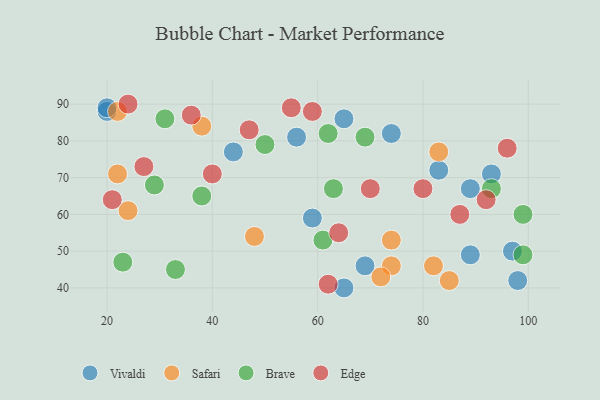
{"axis": {"x": "GDP", "y": "Life Expectancy"}, "legend": ["Brave", "Edge", "Safari", "Vivaldi"], "data": [{"x": "93", "y": 71, "type": "Vivaldi"}, {"x": "69", "y": 46, "type": "Vivaldi"}, {"x": "20", "y": 88, "type": "Vivaldi"}, {"x": "89", "y": 49, "type": "Vivaldi"}, {"x": "74", "y": 82, "type": "Vivaldi"}, {"x": "44", "y": 77, "type": "Vivaldi"}, {"x": "65", "y": 86, "type": "Vivaldi"}, {"x": "59", "y": 59, "type": "Vivaldi"}, {"x": "83", "y": 72, "type": "Vivaldi"}, {"x": "89", "y": 67, "type": "Vivaldi"}, {"x": "98", "y": 42, "type": "Vivaldi"}, {"x": "97", "y": 50, "type": "Vivaldi"}, {"x": "20", "y": 89, "type": "Vivaldi"}, {"x": "56", "y": 81, "type": "Vivaldi"}, {"x": "65", "y": 40, "type": "Vivaldi"}, {"x": "83", "y": 77, "type": "Safari"}, {"x": "38", "y": 84, "type": "Safari"}, {"x": "22", "y": 88, "type": "Safari"}, {"x": "74", "y": 46, "type": "Safari"}, {"x": "22", "y": 71, "type": "Safari"}, {"x": "24", "y": 61, "type": "Safari"}, {"x": "85", "y": 42, "type": "Safari"}, {"x": "74", "y": 53, "type": "Safari"}, {"x": "48", "y": 54, "type": "Safari"}, {"x": "72", "y": 43, "type": "Safari"}, {"x": "82", "y": 46, "type": "Safari"}, {"x": "50", "y": 79, "type": "Brave"}, {"x": "99", "y": 60, "type": "Brave"}, {"x": "62", "y": 82, "type": "Brave"}, {"x": "69", "y": 81, "type": "Brave"}, {"x": "63", "y": 67, "type": "Brave"}, {"x": "29", "y": 68, "type": "Brave"}, {"x": "33", "y": 45, "type": "Brave"}, {"x": "99", "y": 49, "type": "Brave"}, {"x": "31", "y": 86, "type": "Brave"}, {"x": "38", "y": 65, "type": "Brave"}, {"x": "23", "y": 47, "type": "Brave"}, {"x": "61", "y": 53, "type": "Brave"}, {"x": "93", "y": 67, "type": "Brave"}, {"x": "87", "y": 60, "type": "Edge"}, {"x": "62", "y": 41, "type": "Edge"}, {"x": "96", "y": 78, "type": "Edge"}, {"x": "59", "y": 88, "type": "Edge"}, {"x": "55", "y": 89, "type": "Edge"}, {"x": "70", "y": 67, "type": "Edge"}, {"x": "47", "y": 83, "type": "Edge"}, {"x": "40", "y": 71, "type": "Edge"}, {"x": "64", "y": 55, "type": "Edge"}, {"x": "92", "y": 64, "type": "Edge"}, {"x": "80", "y": 67, "type": "Edge"}, {"x": "24", "y": 90, "type": "Edge"}, {"x": "27", "y": 73, "type": "Edge"}, {"x": "36", "y": 87, "type": "Edge"}, {"x": "21", "y": 64, "type": "Edge"}]}